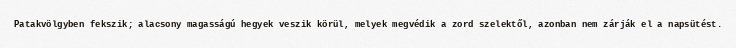
Patakvölgyben fekszik; alacsony magasságú hegyek veszik körül, melyek megvédik a zord szelektől, azonban nem zárják el a napsütést.